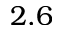
2 . 6